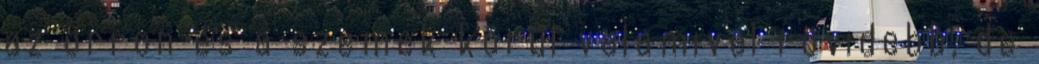
az orron és a szemek körül valamivel rövidebb, de